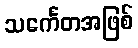
သင်္ကေတအဖြစ်